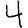
Digit: 4